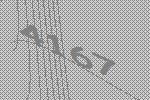
4167